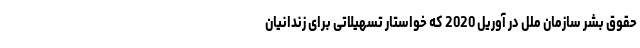
حقوق بشر سازمان ملل در آوریل 2020 که خواستار تسهیلاتی برای زندانیان